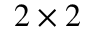
2 \times 2